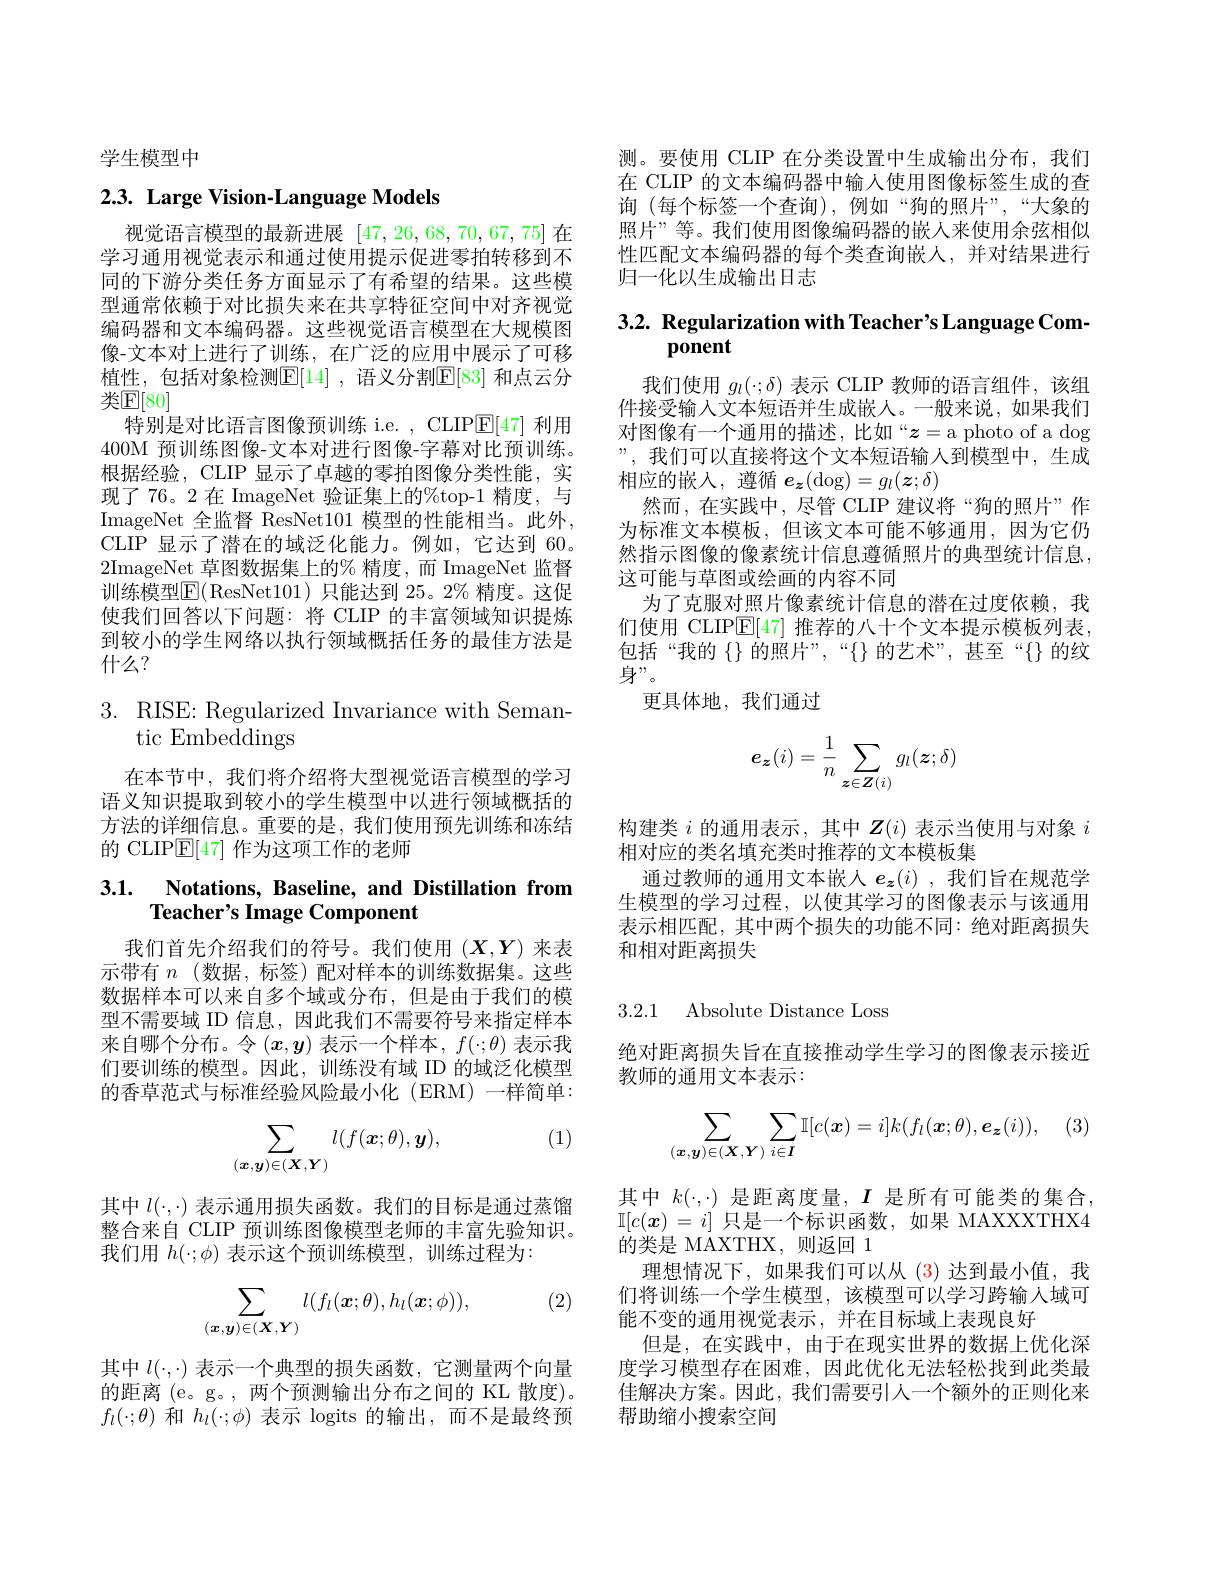
学生模型中

# 2.3. Large Vision-Language Models

视觉语言模型的最新进展[47,26,68,70,67,75]在学习通用视觉表示和通过使用提示促进零拍转移到不同的下游分类任务方面显示了有希望的结果。这些模型通常依赖于对比损失来在共享特征空间中对齐视觉编码器和文本编码器。这些视觉语言模型在大规模图像-文本对上进行了训练，在广泛的应用中展示了可移植性，包括对象检测$\mathbb{E}[14]$ ,语义分割$\mathbb{E}[83]$ 和点云分类$\mathbb{E}[80]$
特别是对比语言图像预训练 i.e. , CLIP$\mathbb{E}[47]$利用400M 预训练图像-文本对进行图像-字幕对比预训练。根据经验，CLIP 显示了卓越的零拍图像分类性能，实现了 76。2 在 ImageNet 验证集上的%top-1 精度，与ImageNet 全监督 ResNet101 模型的性能相当。此外， CLIP 显示了潜在的域泛化能力。例如，它达到 60。2ImageNet 草图数据集上的% 精度，而 ImageNet 监督训练模型$\operatorname{E}($ResNet101)只能达到 25。2%精度。这促使我们回答以下问题：将 CLIP 的丰富领域知识提炼到较小的学生网络以执行领域概括任务的最佳方法是什么？

## 3. RISE: Regularized Invariance with Semantic Embe$\tilde{\mathrm{d}}$dings

在本节中，我们将介绍将大型视觉语言模型的学习语义知识提取到较小的学生模型中以进行领域概括的方法的详细信息。重要的是，我们使用预先训练和冻结的 CLIP$\mathbb{E}[47]$作为这项工作的老师

## 3.1. Notations, Baseline, and Distillation from Teacher's Image Component

我们首先介绍我们的符号。我们使用(X,Y)来表示带有$n$ (数据，标签)配对样本的训练数据集。这些数据样本可以来自多个域或分布，但是由于我们的模型不需要域 ID 信息，因此我们不需要符号来指定样本来自哪个分布。令$(x,y)$表示一个样本，$f(\cdot;\theta)$表示我们要训练的模型。因此，训练没有域 ID 的域泛化模型的香草范式与标准经验风险最小化(ERM)一样简单：

(1)
$$\sum_{(\boldsymbol{x},\boldsymbol{y})\in(\boldsymbol{X},\boldsymbol{Y})}l(f(\boldsymbol{x};\theta),\boldsymbol{y}),$$
其中$l(\cdot,\cdot)$表示通用损失函数。我们的目标是通过蒸馏整合来自 CLIP 预训练图像模型老师的丰富先验知识。我们用$h(\cdot;\phi)$表示这个预训练模型，训练过程为：

(2)
$$\sum_{(\boldsymbol{x},\boldsymbol{y})\in(\boldsymbol{X},\boldsymbol{Y})}l(f_l(\boldsymbol{x};\theta),h_l(\boldsymbol{x};\phi)),$$
其中$l(\cdot,\cdot)$表示一个典型的损失函数，它测量两个向量的距离 (e。g。, 两个预测输出分布之间的 KL 散度)。$f_l(\cdot;\theta)$和$h_l(\cdot;\phi)$表示 logits 的输出，而不是最终预

测。要使用 CLIP 在分类设置中生成输出分布，我们在 CLIP 的文本编码器中输入使用图像标签生成的查询 (每个标签一个查询),例如“狗的照片”,“大象的照片”等。我们使用图像编码器的嵌人来使用余弦相似性匹配文本编码器的每个类查询嵌人，并对结果进行归一化以生成输出日志

# 3.2. Regularization with Teacher's Language Component

我们使用$g_l(\cdot;\delta)$表示 CLIP 教师的语言组件，该组件接受输入文本短语并生成嵌人。一般来说，如果我们对图像有一个通用的描述，比如“$z=$a photo of a dog ”, 我们可以直接将这个文本短语输人到模型中，生成相应的嵌人，遵循$e_{\boldsymbol{z}}(\deg)=g_l(\boldsymbol{z};\delta)$
然而，在实践中，尽管 CLIP 建议将“狗的照片”作为标准文本模板，但该文本可能不够通用，因为它仍然指示图像的像素统计信息遵循照片的典型统计信息， 这可能与草图或绘画的内容不同
为了克服对照片像素统计信息的潜在过度依赖，我们使用 CLIP$\mathbb{E}[47]$推荐的八十个文本提示模板列表， 包括“我的$\{\}$的照片”,“$\{\}$的艺术”,甚至“$\{\}$的纹身”。
更具体地，我们通过
$$\boldsymbol{e_z}(i)=\dfrac{1}{n}\sum\limits_{\boldsymbol{z}\in\boldsymbol{Z}(i)}g_l(\boldsymbol{z};\delta)$$
构建类$i$的通用表示，其中$\boldsymbol{Z}(i)$表示当使用与对象$i$
相对应的类名填充类时推荐的文本模板集
通过教师的通用文本嵌人$e_{\boldsymbol{z}}(i)$ ,我们旨在规范学生模型的学习过程，以使其学习的图像表示与该通用表示相匹配，其中两个损失的功能不同：绝对距离损失和相对距离损失

3.2.1 Absolute Distance Loss

绝对距离损失旨在直接推动学生学习的图像表示接近
教师的通用文本表示：
$$\sum_{(\boldsymbol{x},\boldsymbol{y})\in(\boldsymbol{X},\boldsymbol{Y})}\sum_{i\in\boldsymbol{I}}\mathbb{I}[c(\boldsymbol{x})=i]k(f_l(\boldsymbol{x};\theta),\boldsymbol{e}_\boldsymbol{z}(i)),$$
其中$k(\cdot,\cdot)$是距离度量，$I$是所有可能类的集合， $\mathbb{I}[c(\boldsymbol{x})=i]$只是一个标识函数，如果 MAXXXTHX4的类是 MAXTHX, 则返回 1
理想情况下，如果我们可以从 (3)达到最小值，我们将训练一个学生模型，该模型可以学习跨输入域可能不变的通用视觉表示，并在目标域上表现良好
但是，在实践中，由于在现实世界的数据上优化深度学习模型存在困难，因此优化无法轻松找到此类最佳解决方案。因此，我们需要引人一个额外的正则化来帮助缩小搜索空间